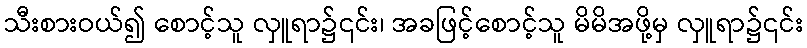
သီးစားဝယ်၍ စောင့်သူ လှူရာ၌၎င်း၊ အခဖြင့်စောင့်သူ မိမိအဖို့မှ လှူရာ၌၎င်း